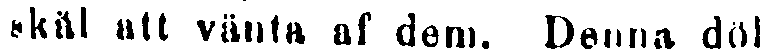
skäl att vänta af dem. Denna döl